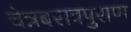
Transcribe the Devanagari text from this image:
चेन्नबसवपुराण